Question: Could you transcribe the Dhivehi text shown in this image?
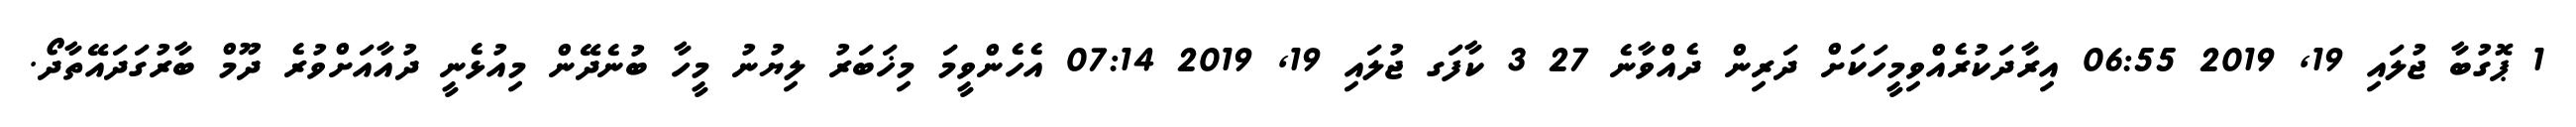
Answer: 1 ޕޮގުބާ ޖުލައި 19, 2019 06:55 އިރާދަކުރެއްވިމީހަކަށް ދަރިން ދެއްވާނެ 27 3 ކާފަގ ޖުލައި 19, 2019 07:14 އެހެންވީމަ މިޚަބަރު ލިޔުނު މީހާ ބުނެދޭން މިއުޅެނީ ދުއާއަށްވުރެ ދޫމް ބާރުގަދައޭތާދޯ.